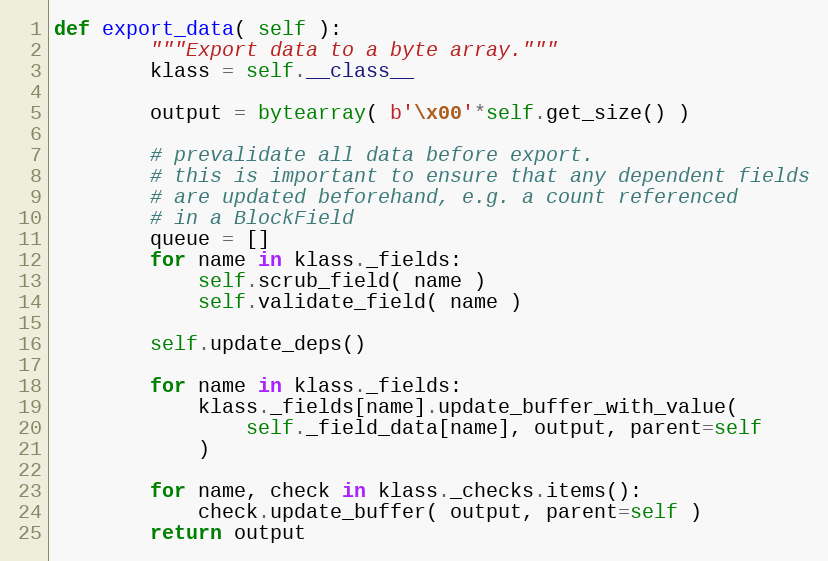
Language: Python
def export_data( self ):
        """Export data to a byte array."""
        klass = self.__class__

        output = bytearray( b'\x00'*self.get_size() )

        # prevalidate all data before export.
        # this is important to ensure that any dependent fields
        # are updated beforehand, e.g. a count referenced
        # in a BlockField
        queue = []
        for name in klass._fields:
            self.scrub_field( name )
            self.validate_field( name )

        self.update_deps()

        for name in klass._fields:
            klass._fields[name].update_buffer_with_value(
                self._field_data[name], output, parent=self
            )

        for name, check in klass._checks.items():
            check.update_buffer( output, parent=self )
        return output